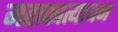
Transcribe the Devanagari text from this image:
महाकात्यायन